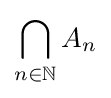
\bigcap _{n\in \mathbb {N} }A_{n}